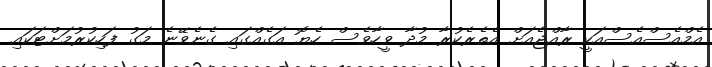
އެމްއެސްއެސްއަކީ ރާއްޖެއަށް އެތެރެކުރާ މުދާ ވީހާވެސް ހެޔޮ އަގެއްގައި ގެނެވޭނެ މަގު ފަހިކުރުމަށްޓަކައި